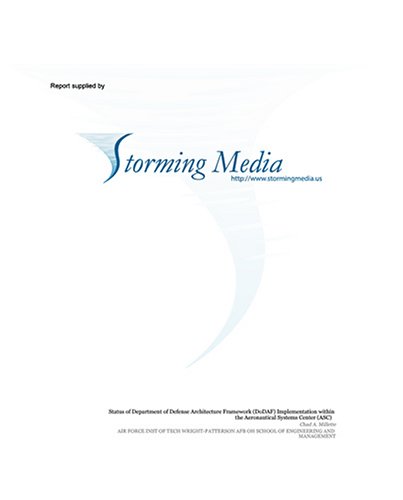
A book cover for Free Cockpit Displays of Traffic and Weather Information Effects of Dimension and Data Base Integration; Janelle V. O'Brien; Health, Fitness & Dieting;